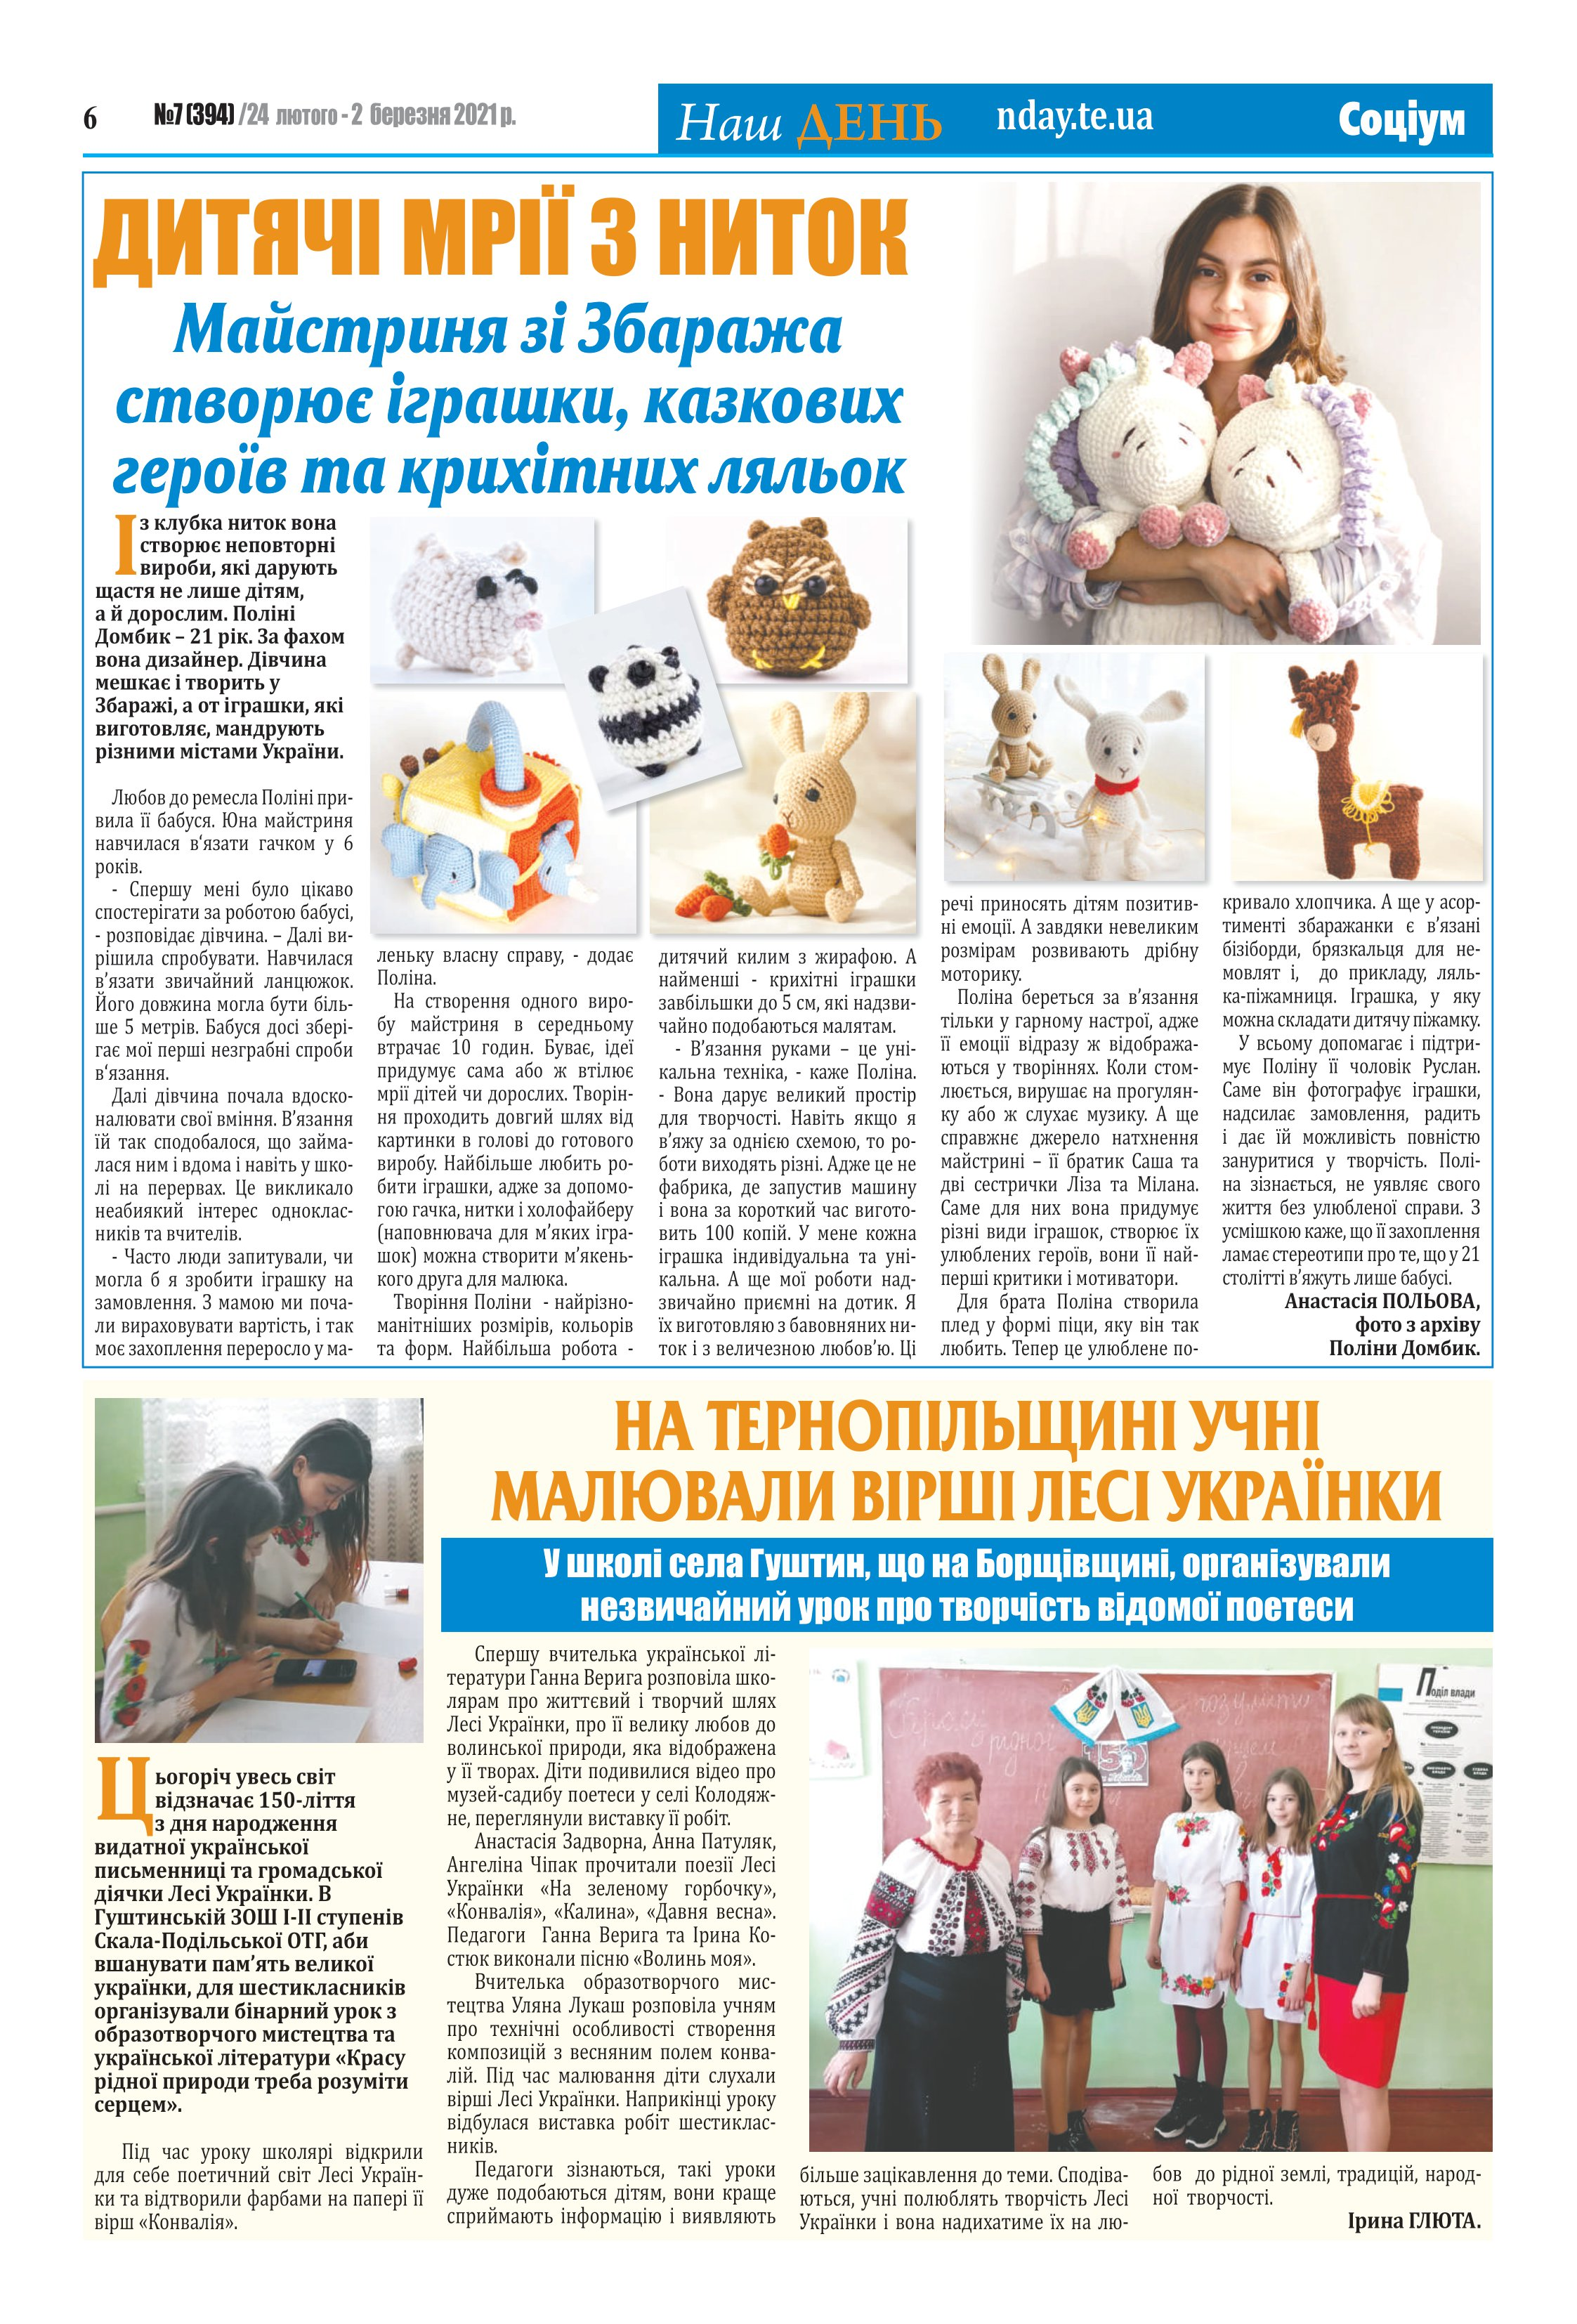
Language: uk